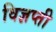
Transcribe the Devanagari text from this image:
विज्ञप्ती